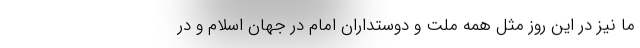
ما نیز در این روز مثل همه ملت و دوستداران امام در جهان اسلام و در